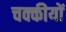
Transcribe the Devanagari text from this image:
चक्कीयों